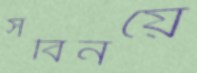
সবিনয়ে